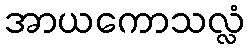
အာယကောသလ္လံ